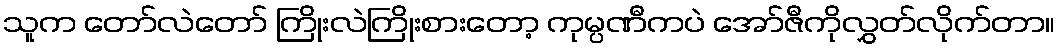
သူက တော်လဲတော် ကြိုးလဲကြိုးစားတော့ ကုမ္ပဏီကပဲ အော်ဇီကိုလွှတ်လိုက်တာ။